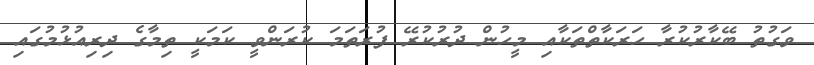
ވަގުތު ބޭކާރުކުރާ ހަރަކާތްތަކާއި މީހުން ދުރުކުރޭ ފުރަތަމަ ކުރަންވީ ކަމަކީ ތިމާގެ ދިރިއުޅުުމުގައި